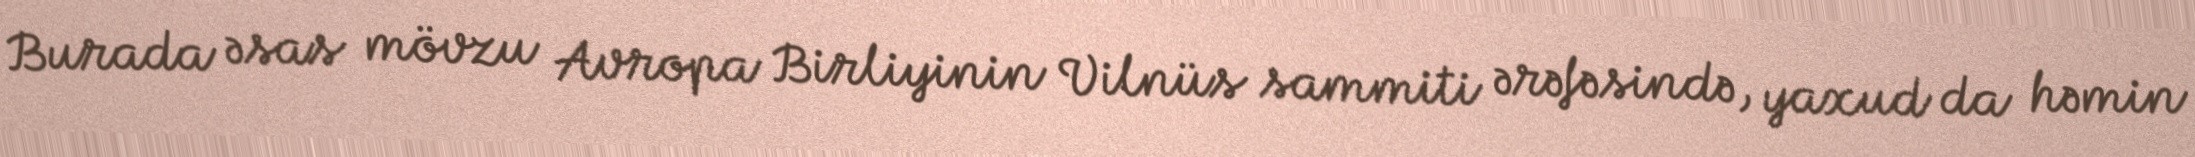
Burada əsas mövzu Avropa Birliyinin Vilnüs sammiti ərəfəsində, yaxud da həmin